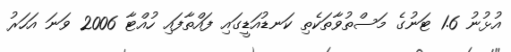
އުޅުނު 1.6 ޓަނުގެ މަސްތުވާތަކެތި ކަނޑުއަޑީގައި ފައްތާފައި ހުއްޓާ 2006 ވަނަ އަހަރު